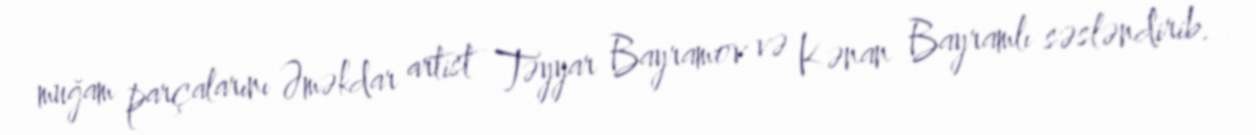
muğam parçalarını Əməkdar artist Təyyar Bayramov və Kənan Bayramlı səsləndirib.